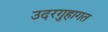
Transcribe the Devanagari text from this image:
उदरगुहागत